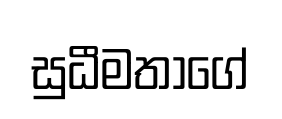
සුධීමතාගේ